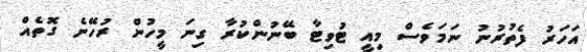
އަހަރު ފެތުރުނު ނަމަވެސް މިއީ ޓުވިޓާ ބޭނުންކުރާ ގިނަ މީހުން ރުހޭނެ ގޮތެއް